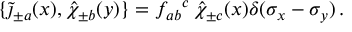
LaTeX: \{ \widetilde \jmath _ { \pm a } ( x ) , \hat { \chi } _ { \pm b } ( y ) \} = { f _ { a b } } ^ { c } \, \hat { \chi } _ { \pm c } ( x ) \delta ( \sigma _ { x } - \sigma _ { y } ) \, .